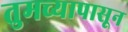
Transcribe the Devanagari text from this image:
तुमच्यापासून